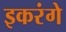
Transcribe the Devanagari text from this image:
इकरंगे